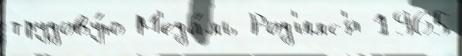
трудову́ю М'еда́ль Род'илс'я 1965